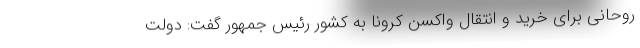
روحانی برای خرید و انتقال واکسن کرونا به کشور رئیس جمهور گفت: دولت